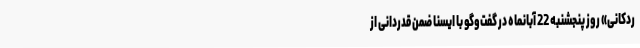
ردکانی» روز پنجشنبه 22 آبانماه در گفت‌وگو با ایسنا ضمن قدردانی از